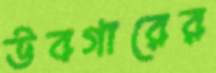
উবগারের